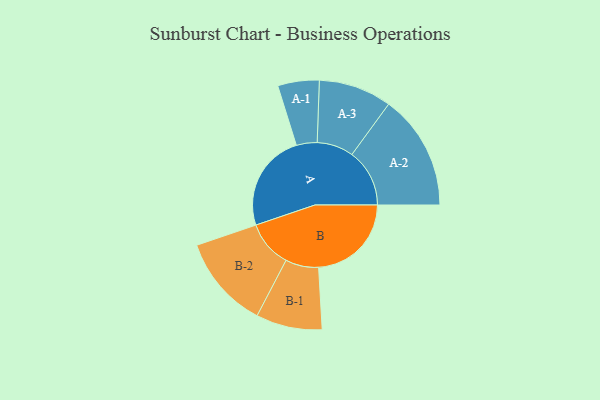
{"axis": {"x": "Segment", "y": "Value"}, "legend": ["", "A", "B"], "data": [{"x": "A", "y": 482, "type": ""}, {"x": "B", "y": 457, "type": ""}, {"x": "A-1", "y": 102, "type": "A"}, {"x": "A-2", "y": 284, "type": "A"}, {"x": "A-3", "y": 180, "type": "A"}, {"x": "B-1", "y": 163, "type": "B"}, {"x": "B-2", "y": 230, "type": "B"}]}